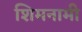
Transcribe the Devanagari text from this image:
शिमनामी